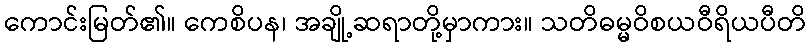
ကောင်းမြတ်၏။ ကေစိပန၊ အချို့ဆရာတို့မှာကား။ သတိဓမ္မဝိစယဝီရိယပီတိ